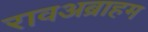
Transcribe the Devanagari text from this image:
रावअब्राहम